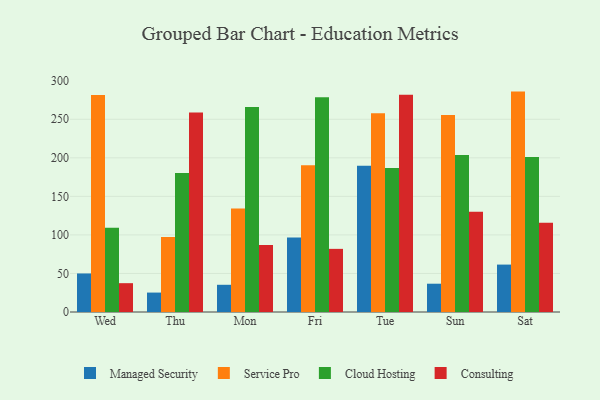
{"axis": {"x": "Day", "y": "Gross Profit (USD K)"}, "legend": ["Cloud Hosting", "Consulting", "Managed Security", "Service Pro"], "data": [{"x": "Wed", "y": 50.0, "type": "Managed Security"}, {"x": "Wed", "y": 281.6, "type": "Service Pro"}, {"x": "Wed", "y": 109.4, "type": "Cloud Hosting"}, {"x": "Wed", "y": 37.4, "type": "Consulting"}, {"x": "Thu", "y": 25.2, "type": "Managed Security"}, {"x": "Thu", "y": 97.3, "type": "Service Pro"}, {"x": "Thu", "y": 180.4, "type": "Cloud Hosting"}, {"x": "Thu", "y": 258.7, "type": "Consulting"}, {"x": "Mon", "y": 35.3, "type": "Managed Security"}, {"x": "Mon", "y": 134.2, "type": "Service Pro"}, {"x": "Mon", "y": 265.9, "type": "Cloud Hosting"}, {"x": "Mon", "y": 86.9, "type": "Consulting"}, {"x": "Fri", "y": 96.6, "type": "Managed Security"}, {"x": "Fri", "y": 190.5, "type": "Service Pro"}, {"x": "Fri", "y": 278.5, "type": "Cloud Hosting"}, {"x": "Fri", "y": 81.9, "type": "Consulting"}, {"x": "Tue", "y": 189.7, "type": "Managed Security"}, {"x": "Tue", "y": 257.7, "type": "Service Pro"}, {"x": "Tue", "y": 186.9, "type": "Cloud Hosting"}, {"x": "Tue", "y": 281.8, "type": "Consulting"}, {"x": "Sun", "y": 36.7, "type": "Managed Security"}, {"x": "Sun", "y": 255.7, "type": "Service Pro"}, {"x": "Sun", "y": 203.6, "type": "Cloud Hosting"}, {"x": "Sun", "y": 130.1, "type": "Consulting"}, {"x": "Sat", "y": 61.5, "type": "Managed Security"}, {"x": "Sat", "y": 285.9, "type": "Service Pro"}, {"x": "Sat", "y": 201.2, "type": "Cloud Hosting"}, {"x": "Sat", "y": 115.7, "type": "Consulting"}]}